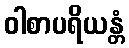
ဝါစာပရိယန္တံ